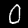
Label: 0